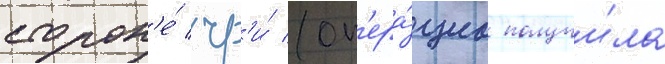
сторон'е́ чр'и́ (оп'ера́циа получи́ла